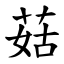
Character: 菇